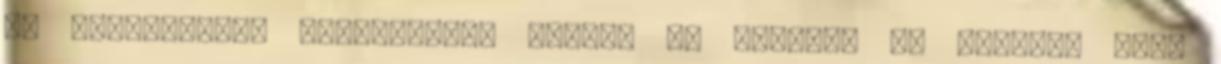
az androidokat kiismerem”, dettó. Az tényleg jó kérdés, hogy